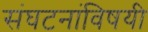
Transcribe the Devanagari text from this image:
संघटनांविषयी